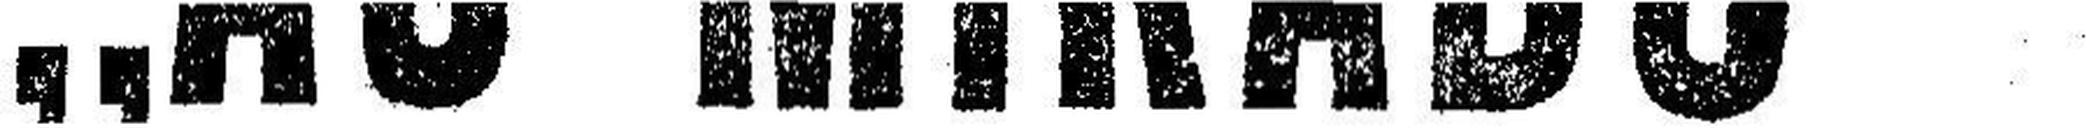
„AU MIKADO's“